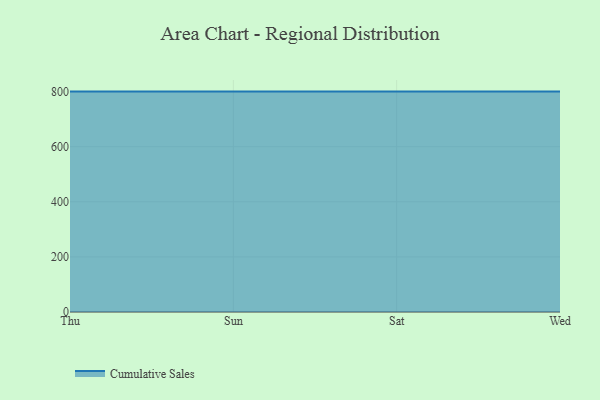
{"axis": {"x": "Day", "y": "Tickets Resolved"}, "legend": ["Cumulative Sales"], "data": [{"x": "Thu", "y": 800, "type": "Cumulative Sales"}, {"x": "Sun", "y": 800, "type": "Cumulative Sales"}, {"x": "Sat", "y": 800, "type": "Cumulative Sales"}, {"x": "Wed", "y": 800, "type": "Cumulative Sales"}]}